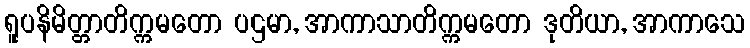
ရူပနိမိတ္တာတိက္ကမတော ပဌမာ, အာကာသာတိက္ကမတော ဒုတိယာ, အာကာသေ